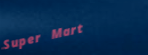
Super Mart